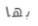
بها